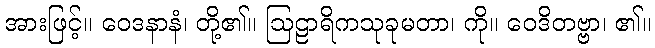
အားဖြင့်။ ဝေဒနာနံ၊ တို့၏။ ဩဠာရိကသုခုမတာ၊ ကို။ ဝေဒိတဗ္ဗာ၊ ၏။